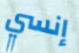
إنسي